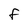
Character: f